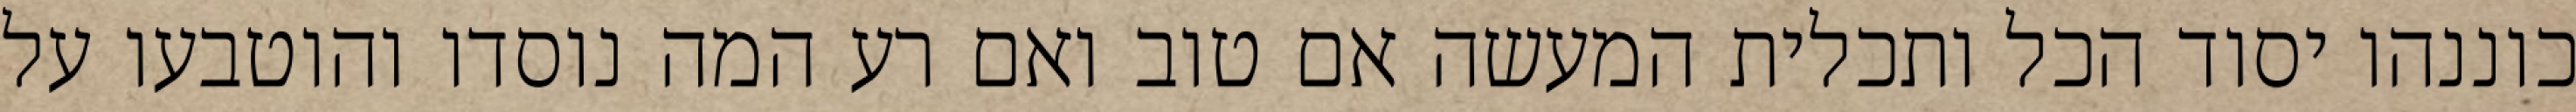
כוננהו יסוד הכל ותכלית המעשה אם טוב ואם רע המה נוסדו והוטבעו על